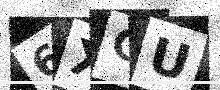
Text: 6XGU